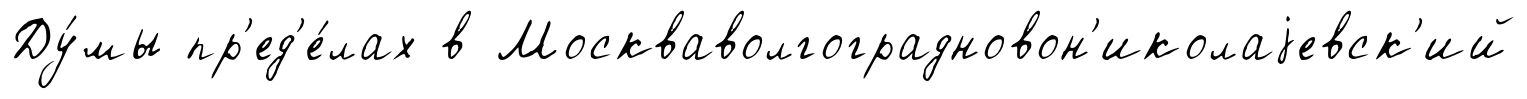
Ду́мы пр'ед'е́лах в Москваволгоградновон'иколаjевск'ий